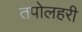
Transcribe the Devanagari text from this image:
तपोलहरी